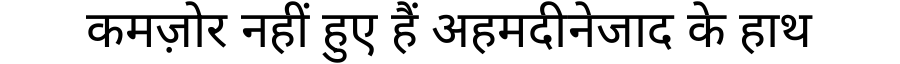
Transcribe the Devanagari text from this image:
कमज़ोर नहीं हुए हैं अहमदीनेजाद के हाथ